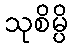
သုစိမ္ပိ